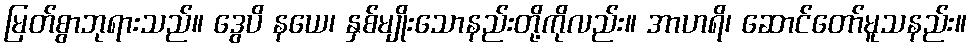
မြတ်စွာဘုရားသည်။ ဒွေပိ နယေ၊ နှစ်မျိုးသောနည်းတို့ကိုလည်း။ အာဟရိ၊ ဆောင်တော်မူသနည်း။